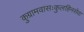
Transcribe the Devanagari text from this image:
कुग्रामवासःकुलहिनसेवा